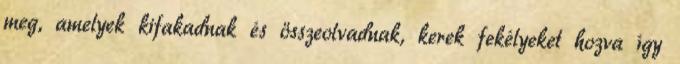
meg, amelyek kifakadnak és összeolvadnak, kerek fekélyeket hozva így